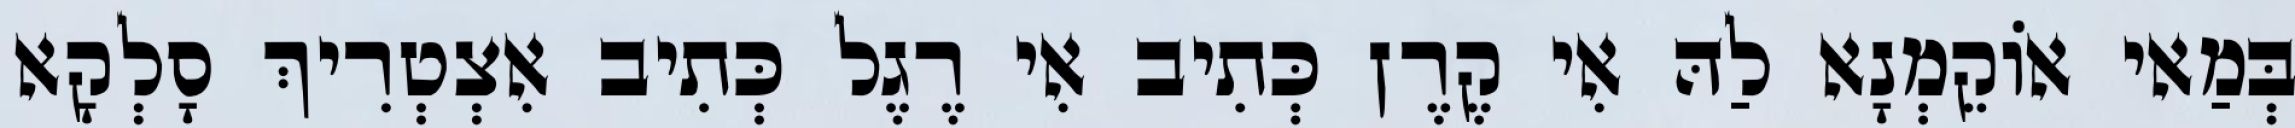
בְּמַאי אוֹקֵמְנָא לַהּ אִי קֶרֶן כְּתִיב אִי רֶגֶל כְּתִיב אִצְטְרִיךְ סָלְקָא